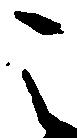
之